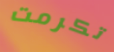
تكرمت